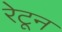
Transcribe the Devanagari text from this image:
रेटून